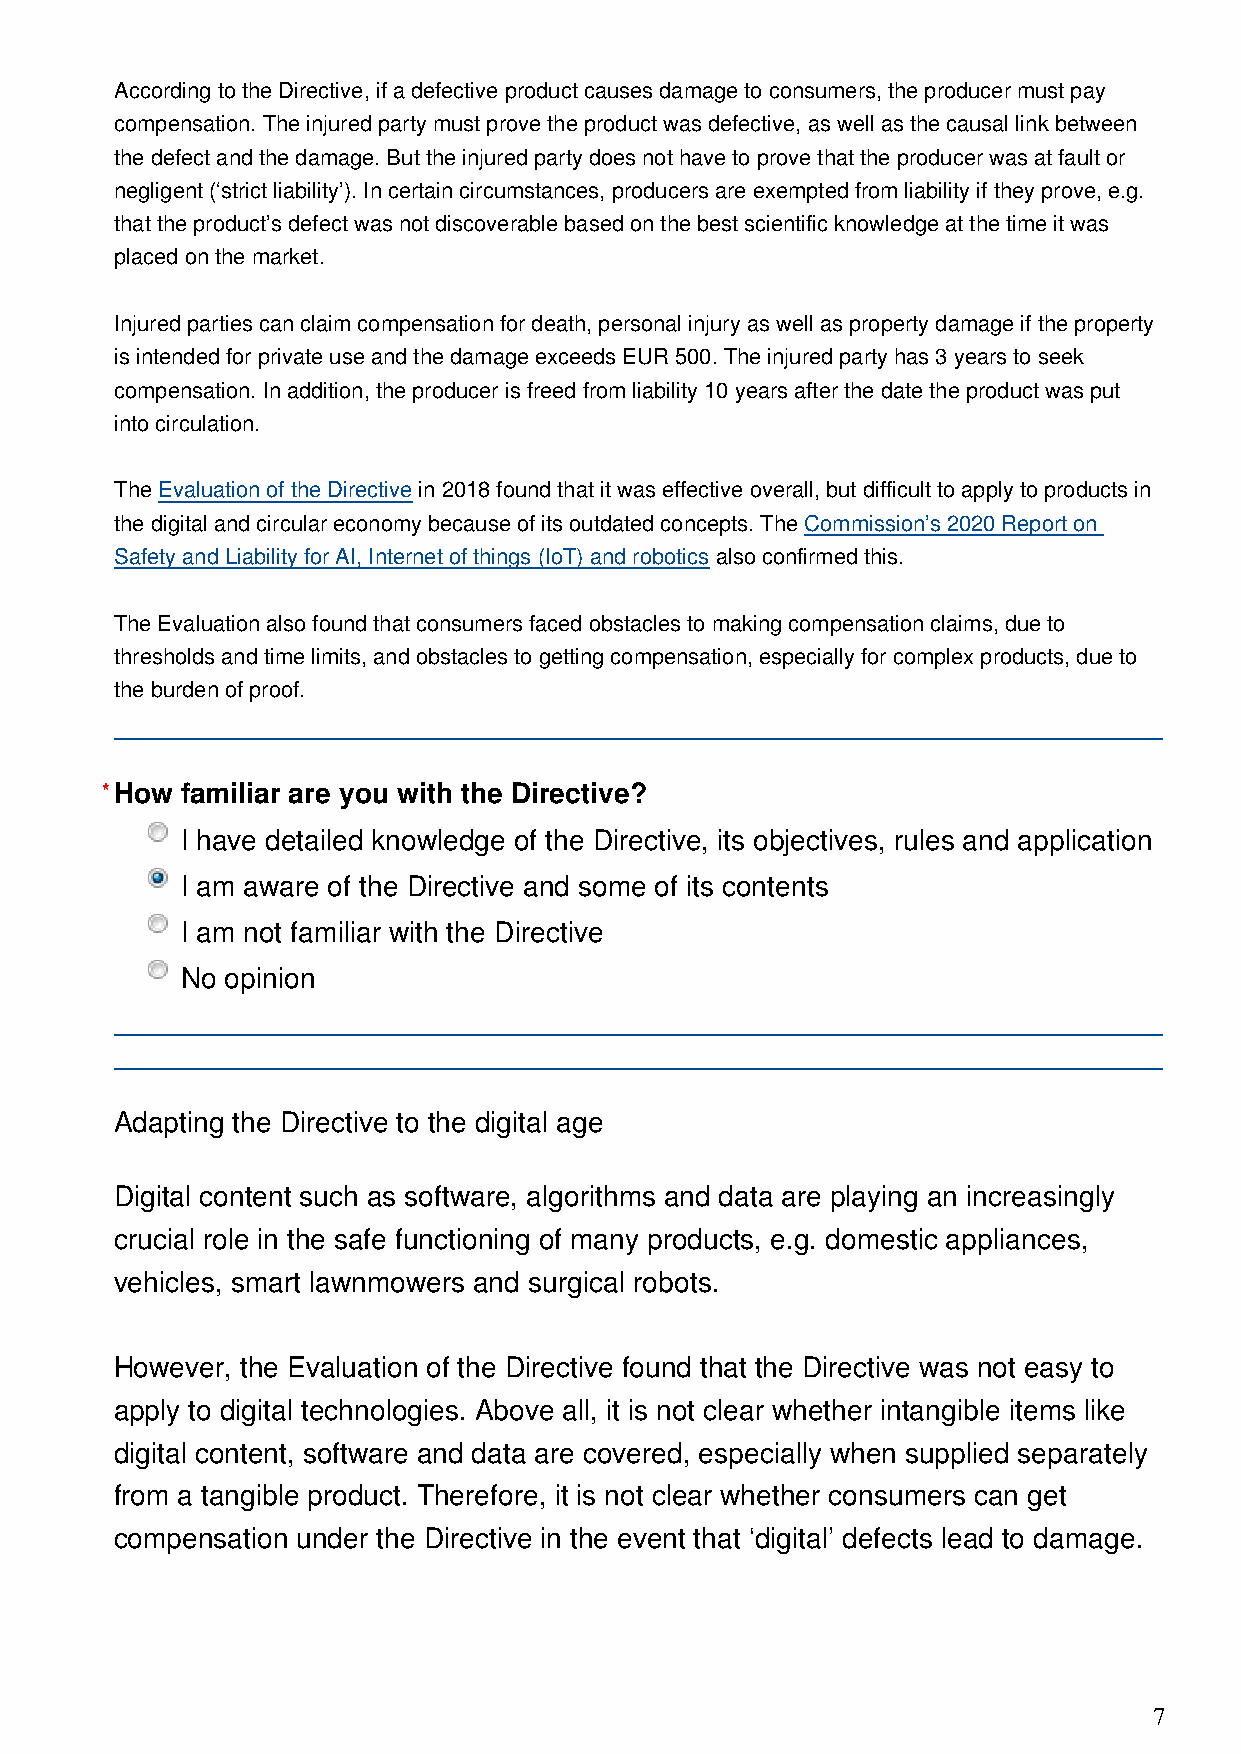
According to the Directive, if a defective product causes damage to consumers, the producer must pay
 compensation. The injured party must prove the product was defective, as well as the causal link between
 the defect and the damage. But the injured party does not have to prove that the producer was at fault or
 negligent (‘strict liability’). In certain circumstances, producers are exempted from liability if they prove, e.g.
 that the product’s defect was not discoverable based on the best scientific knowledge at the time it was
 placed on the market.
 Injured parties can claim compensation for death, personal injury as well as property damage if the property
 is intended for private use and the damage exceeds EUR 500. The injured party has 3 years to seek
 compensation. In addition, the producer is freed from liability 10 years after the date the product was put
 into circulation.
 The Evaluation of the Directive in 2018 found that it was effective overall, but difficult to apply to products in
 the digital and circular economy because of its outdated concepts. The Commission’s 2020 Report on
 Safety and Liability for AI, Internet of things (IoT) and robotics also confirmed this.
 The Evaluation also found that consumers faced obstacles to making compensation claims, due to
 thresholds and time limits, and obstacles to getting compensation, especially for complex products, due to
 the burden of proof.
 *How familiar are you with the Directive?
 I have detailed knowledge of the Directive, its objectives, rules and application
 I am aware of the Directive and some of its contents
 I am not familiar with the Directive
 No opinion
 Adapting the Directive to the digital age
 Digital content such as software, algorithms and data are playing an increasingly
 crucial role in the safe functioning of many products, e.g. domestic appliances,
 vehicles, smart lawnmowers and surgical robots.
 However, the Evaluation of the Directive found that the Directive was not easy to
 apply to digital technologies. Above all, it is not clear whether intangible items like
 digital content, software and data are covered, especially when supplied separately
 from a tangible product. Therefore, it is not clear whether consumers can get
 compensation under the Directive in the event that ‘digital’ defects lead to damage.
 7